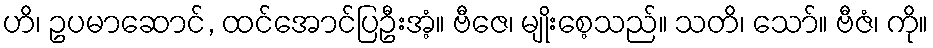
ဟိ၊ ဥပမာဆောင်, ထင်အောင်ပြဦးအံ့။ ဗီဇေ၊ မျိုးစေ့သည်။ သတိ၊ သော်။ ဗီဇံ၊ ကို။